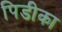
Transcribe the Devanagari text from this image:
पिडीका